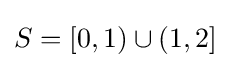
S=[0,1)\cup (1,2]